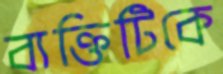
ব্যক্তিটিকে